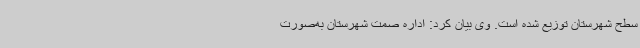
سطح شهرستان توزیع شده است. وی بیان کرد: اداره صمت شهرستان به‌صورت